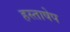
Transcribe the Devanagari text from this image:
हस्ताषेप